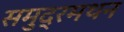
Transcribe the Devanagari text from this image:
समुद्रमथन